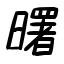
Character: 曙